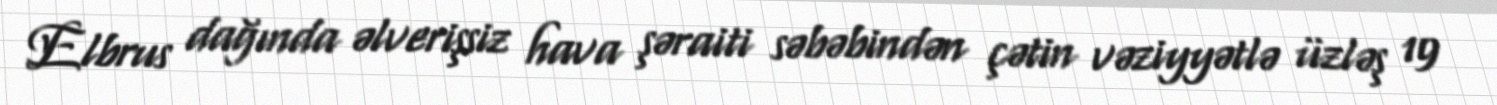
Elbrus dağında əlverişsiz hava şəraiti səbəbindən çətin vəziyyətlə üzləş 19